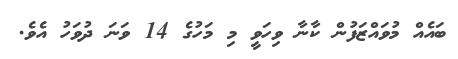
ބައެއް މުވައްޒަފުން ކާނާ ވިހަވީ މި މަހުގެ 14 ވަނަ ދުވަހު އެވެ.